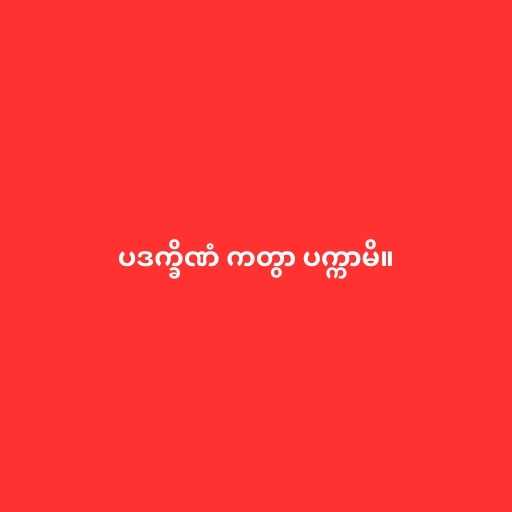
ပဒက္ခိဏံ ကတွာ ပက္ကာမိ။